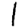
Digit: 1